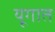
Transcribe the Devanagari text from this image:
यूगात